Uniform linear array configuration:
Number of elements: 48
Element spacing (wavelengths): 0.75
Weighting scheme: blackman
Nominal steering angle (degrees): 45
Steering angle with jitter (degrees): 44.495
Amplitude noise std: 0.05
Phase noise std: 0.05

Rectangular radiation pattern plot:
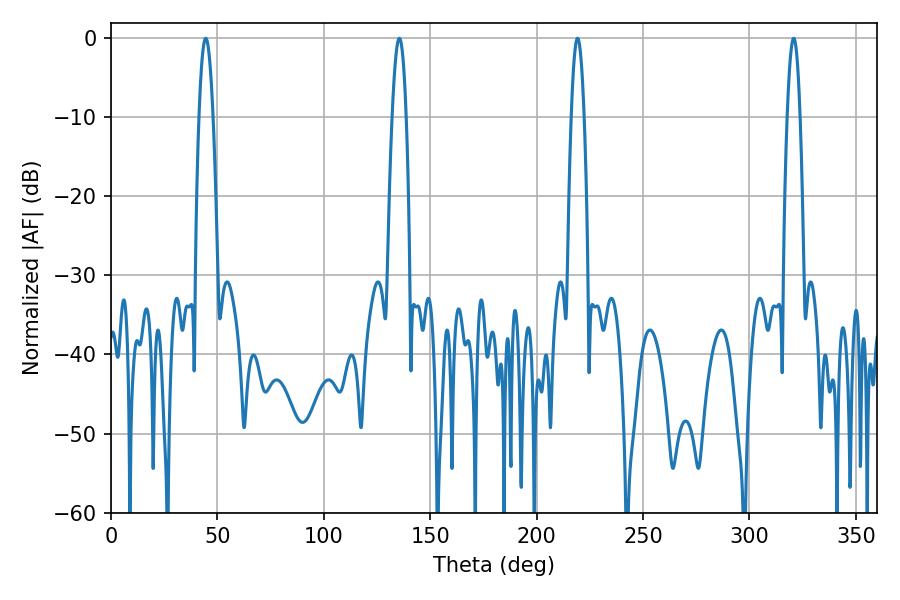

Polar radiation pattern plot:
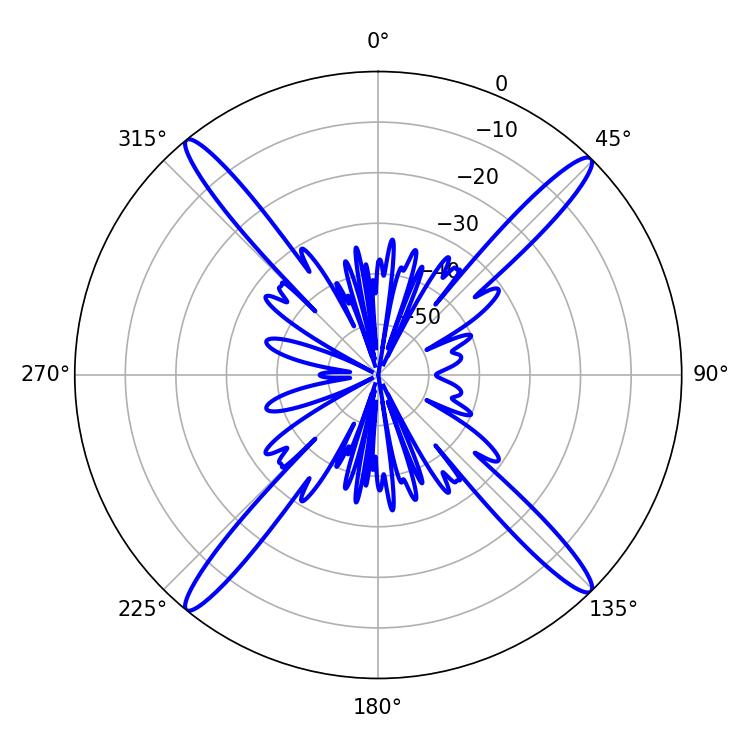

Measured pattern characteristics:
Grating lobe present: TRUE
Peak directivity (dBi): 20.833
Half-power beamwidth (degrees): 3.24
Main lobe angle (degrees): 219.24